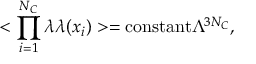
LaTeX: < \prod _ { i = 1 } ^ { N _ { C } } \lambda \lambda ( x _ { i } ) > = \mathrm { c o n s t a n t } \Lambda ^ { 3 N _ { C } } ,